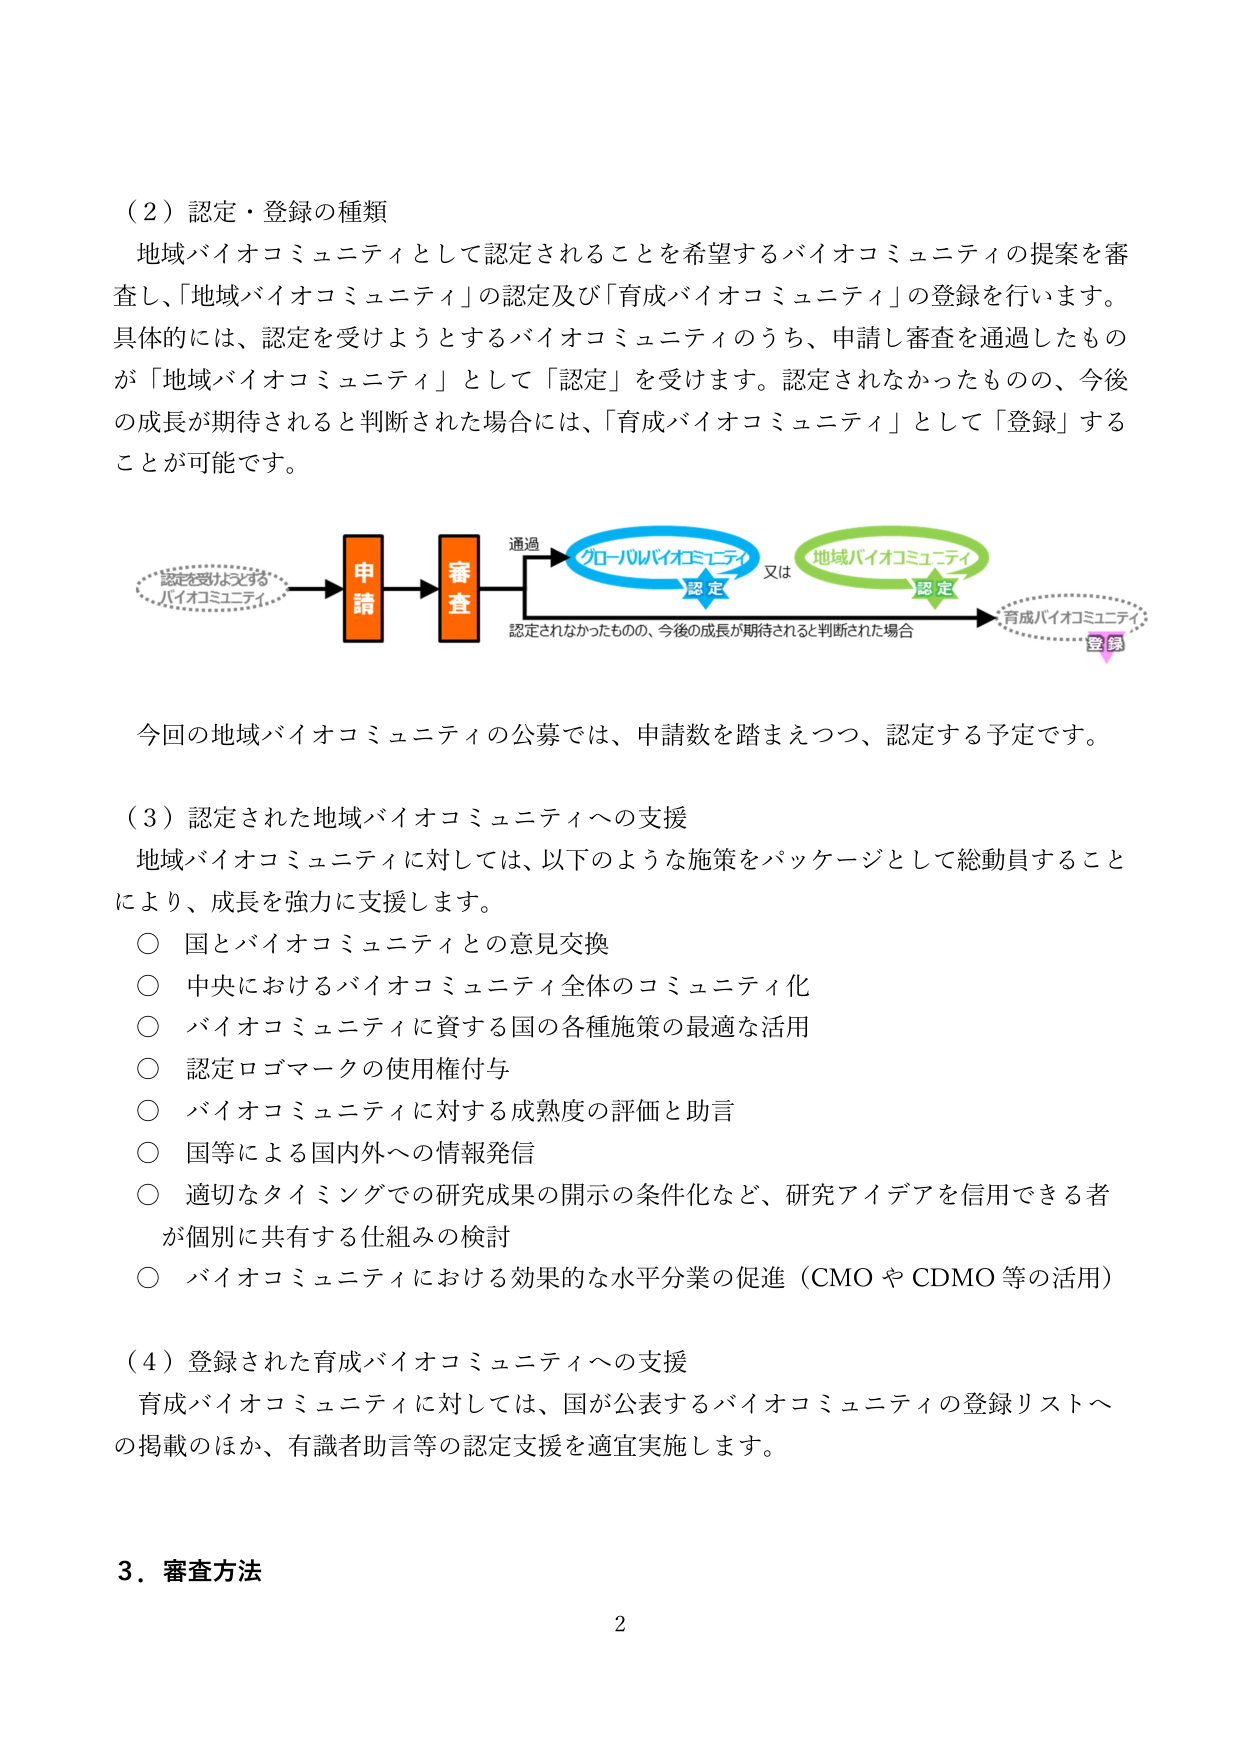
（２）認定・登録の種類
地域バイオコミュニティとして認定されることを希望するバイオコミュニティの提案を審査し、「地域バイオコミュニティ」の認定及び「育成バイオコミュニティ」の登録を行います。具体的には、認定を受けようとするバイオコミュニティのうち、申請し審査を通過したものが「地域バイオコミュニティ」として「認定」を受けます。認定されなかったものの、今後の成長が期待されると判断された場合には、「育成バイオコミュニティ」として「登録」することが可能です。

認定を受けようとする
バイオコミュニティ
→ 申請 → 審査 → 通過 → グローバルバイオコミュニティ（認定） 又は 地域バイオコミュニティ（認定）
認定されなかったものの、今後の成長が期待されると判断された場合 → 育成バイオコミュニティ（登録）

今回の地域バイオコミュニティの公募では、申請数を踏まえつつ、認定する予定です。

（３）認定された地域バイオコミュニティへの支援
地域バイオコミュニティに対しては、以下のような施策をパッケージとして総動員することにより、成長を強力に支援します。
○ 国とバイオコミュニティとの意見交換
○ 中央におけるバイオコミュニティ全体のコミュニティ化
○ バイオコミュニティに資する国の各種施策の最適な活用
○ 認定ロゴマークの使用権付与
○ バイオコミュニティに対する成熟度の評価と助言
○ 国等による国内外への情報発信
○ 適切なタイミングでの研究成果の開示の条件化など、研究アイデアを信用できる者が個別に共有する仕組みの検討
○ バイオコミュニティにおける効果的な水平分業の促進（CMO や CDMO 等の活用）

（４）登録された育成バイオコミュニティへの支援
育成バイオコミュニティに対しては、国が公表するバイオコミュニティの登録リストへの掲載のほか、有識者助言等の認定支援を適宜実施します。

３．審査方法
2